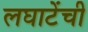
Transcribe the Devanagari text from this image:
लघाटेंची